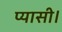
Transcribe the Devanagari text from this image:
प्यासी।